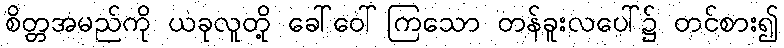
စိတ္တအမည်ကို ယခုလူတို့ ခေါ်ဝေါ်ကြသော တန်ခူးလပေါ်၌ တင်စား၍